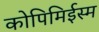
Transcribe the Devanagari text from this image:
कोपिमिईस्म